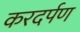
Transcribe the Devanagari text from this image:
करदर्पण